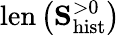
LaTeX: \mathrm{len}\left(\mathbf{S}_{\mathrm{hist}}^{>0}\right)